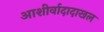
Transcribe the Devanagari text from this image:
आशीर्वादादाखल